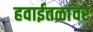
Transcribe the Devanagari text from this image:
हवाईतळांवर